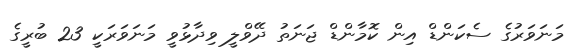
މަނަވަރުގެ ސެކަންޑް އިން ކޮމާންޑް ޖަނަތު ދޭވްލީ ވިދާޅުވީ މަނަވަރަކީ 23 ބުރީގެ